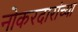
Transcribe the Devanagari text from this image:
नोकरदारांच्या